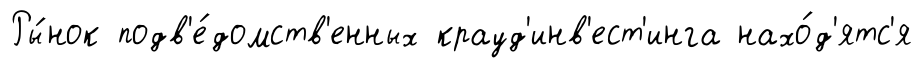
Ры́нок подв'е́домств'енных крауд'инв'ест'инга нахо́д'ятс'я